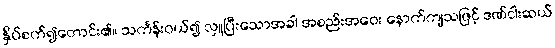
နှိပ်စက်၍တောင်း၏။ သင်္ကန်းဝယ်၍ လှူပြီးသောအခါ အစည်းအဝေး နောက်ကျသဖြင့် ဒဏ်ငါးဆယ်